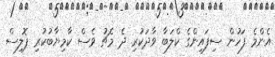
އެންމެ ފަހުން ސިފައިންގެ ކްލަބާ ވާދަކުރި ދެ މެޗު ވެސް ކާމިޔާބުކުރި ޕޮލިސް